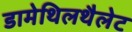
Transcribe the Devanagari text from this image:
डामेथिलथैलेट